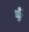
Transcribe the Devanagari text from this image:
षे